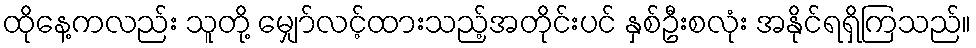
ထိုနေ့ကလည်း သူတို့ မျှော်လင့်ထားသည့်အတိုင်းပင် နှစ်ဦးစလုံး အနိုင်ရရှိကြသည်။